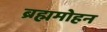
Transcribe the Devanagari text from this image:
ब्रह्ममोहन